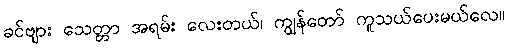
ခင်ဗျား သေတ္တာ အရမ်း လေးတယ်၊ ကျွန်တော် ကူသယ်ပေးမယ်လေ။